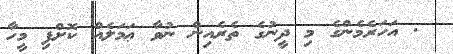
. އަހަރެމެންގެ މި ދީނުގެ ތެރެއިން ނުވާ ޢަމަލެއް ކޮށްފި މީހާ